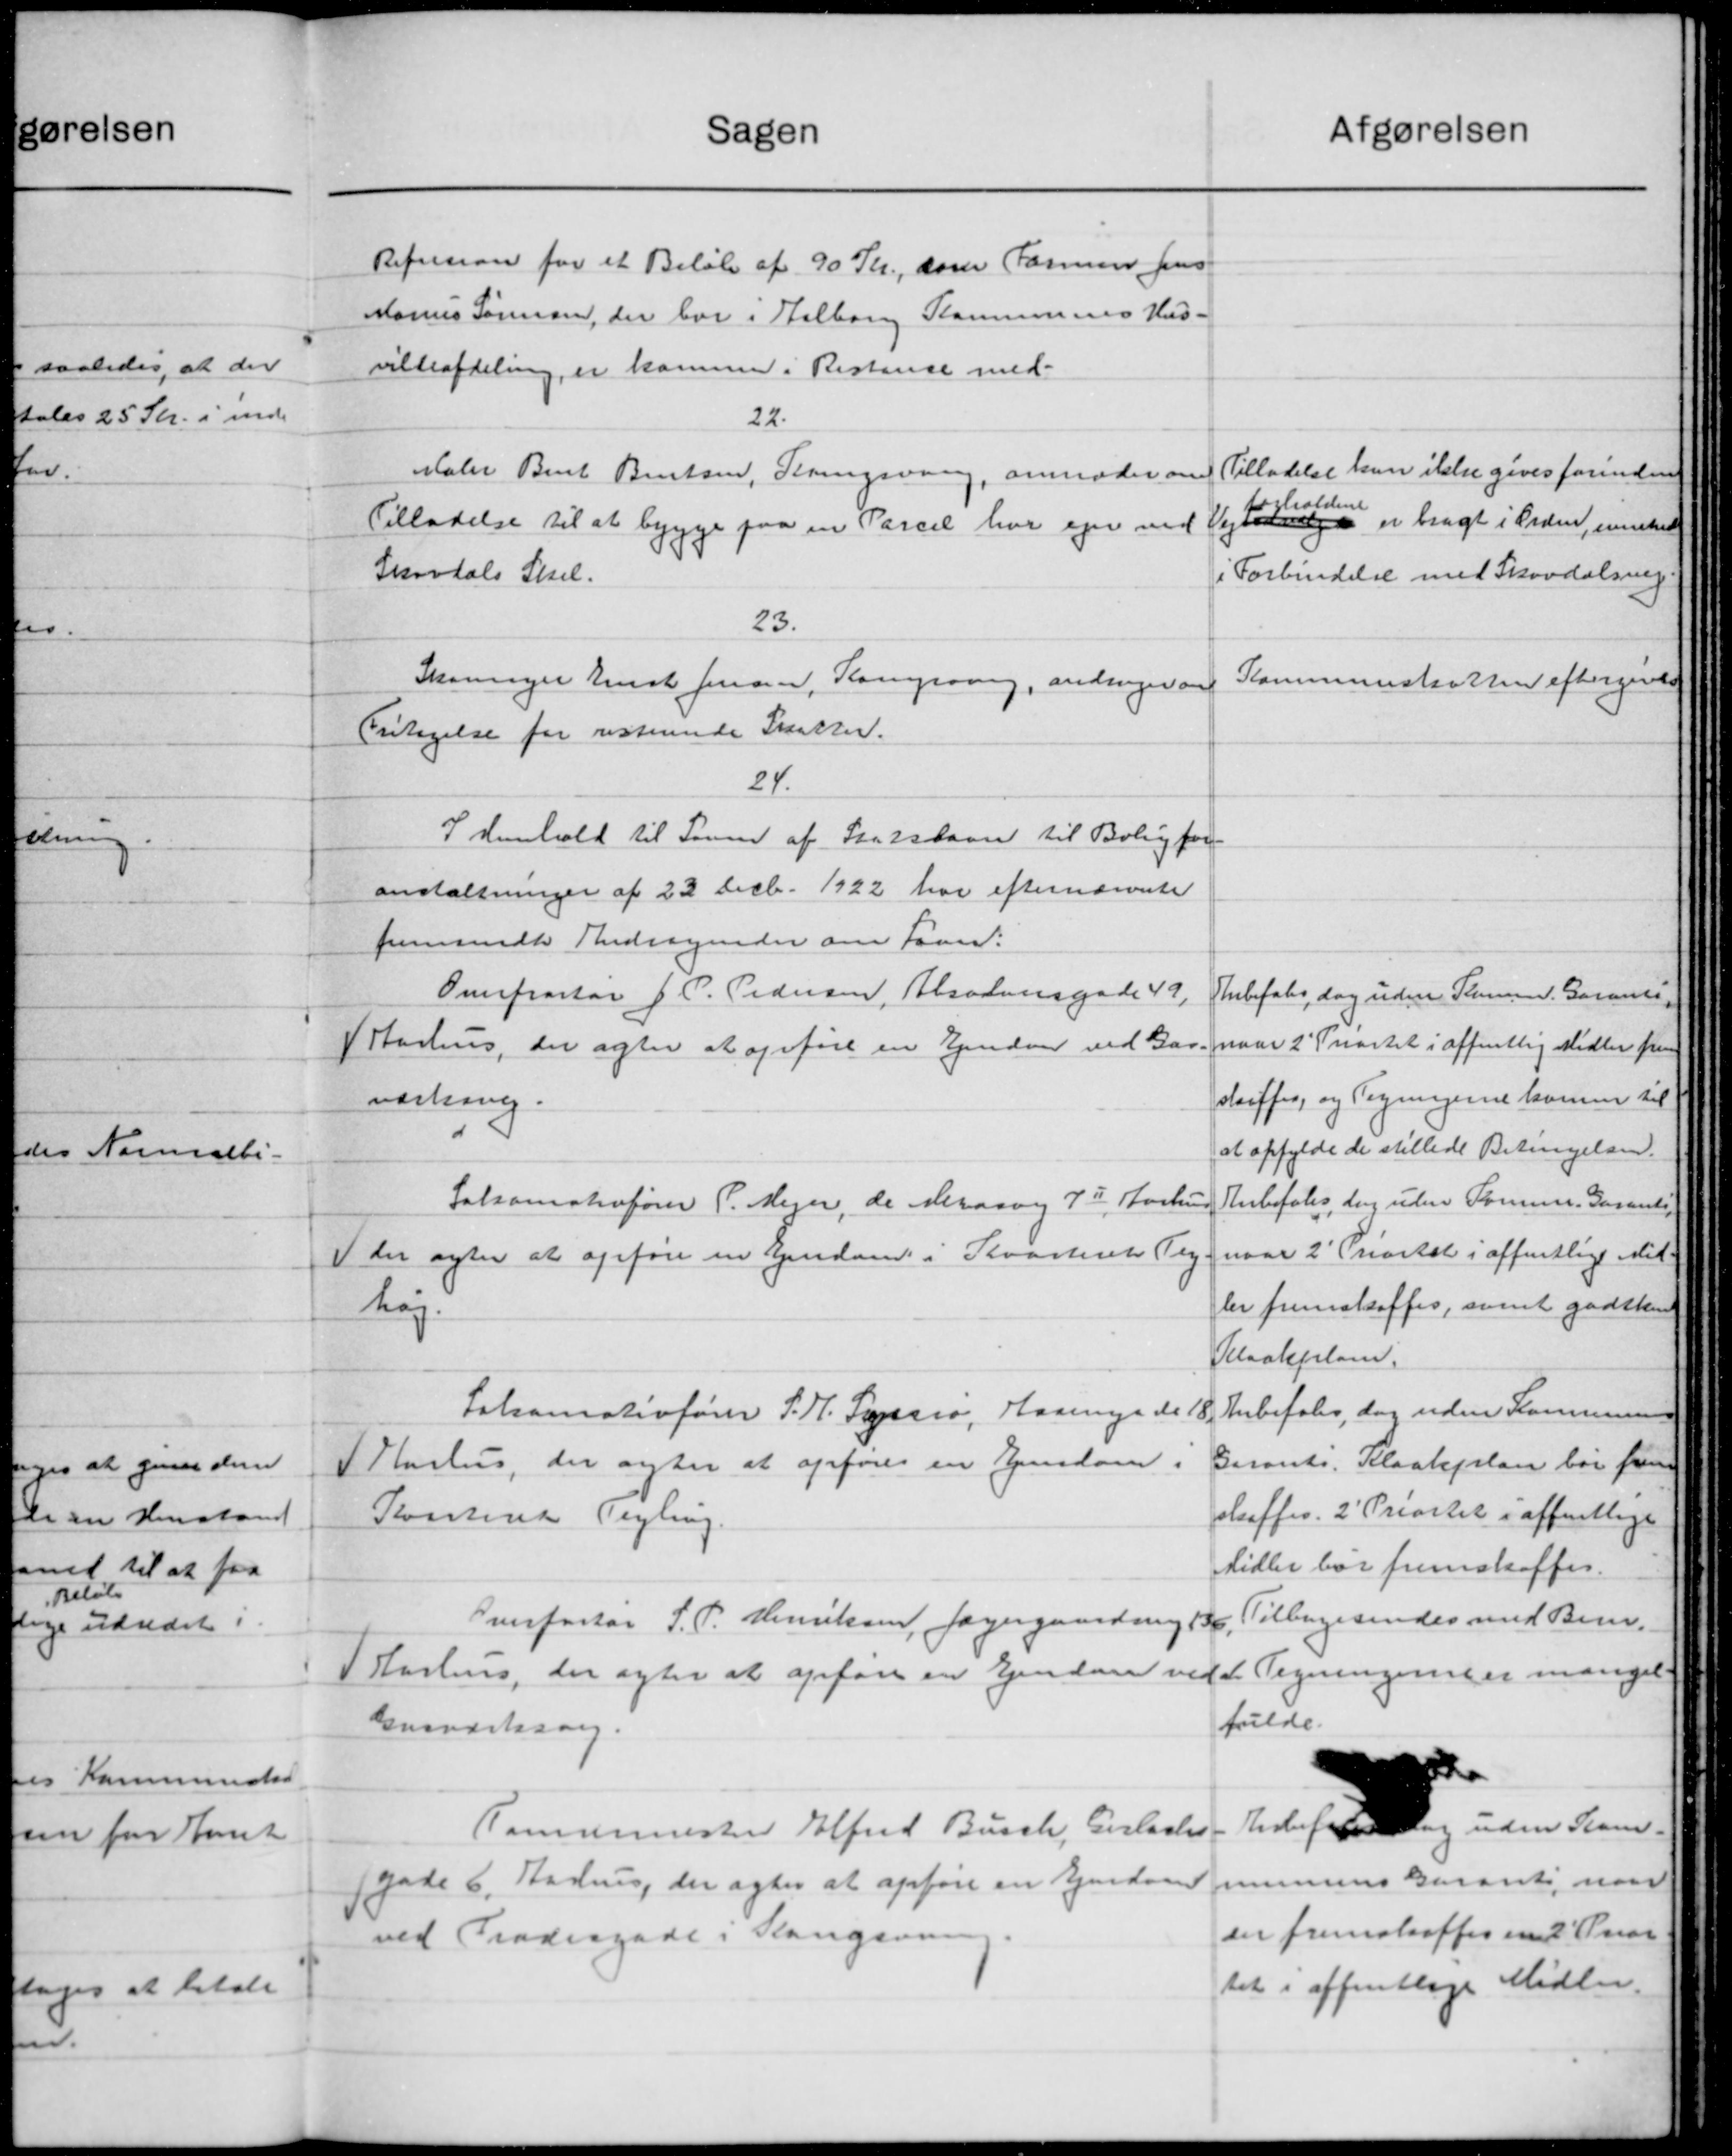
Transskription:
afgørelsen
Sagen
Refusion for et Beløb af 90 Kr., som Formand Jens
Marius Sørensen, der bor i Aalborg Kommunes Hus-
vilteafdeling, er kommen i Restance med-
22.
Tilladelse kun ikke gives forinden
Maler Bent Bentsen, Kongsvang, anmoder om
holdene
Vejene er bragt i Orden, enkel
Tilladelse til at bygge paa en Parcel har ejer ved
Skortals Skel.
i Forbindelse med Skovdalsvig
23.
Skoninger Enst Jensen, Kongraang, andrager om
Kommuneskatten eftergivelse
Fritagelse for resterende Skatter.
24.
I henhold til Søren af Statslaan til Boligfor
anstaltninger af 22 Decb. 1922 har efternævnte
fremsendte Andragender om Faar.
Omrpratør J. P. Pedersen, Absalonsgade 49,
Anbefales, dog uden Stamm. Garanti
naar 2' Ivartet i offentlig Midler fra
1 Aarhus, der agter at opføre en Ejendom ved Gar-
skaaffes, og Regningerne komme til
værling.
at opfylde de stillede Betingelsen.
Anbefales, dog uden Formuer. Garante
Sakomsterfører P. Mejer, de Nevasvej 7I Aarhus
naar 2' Priortal i offentlige Mid-
 der agter at opføre en Ejendom i Kvarteret Teg-
ler fremskaffes, samt godsken
høj.
Teloakplan.
Anbefales, dog uden Kommunen
Lakamativfører P. H. Sessio, Haanen de 18.
Garants. Kloakplan bør frem
I Haslus, der agter at opføres en Ejendom.
slaffes. 2' Priortet i offentlige
Kontine Tegling.
Midler bør fremskaffes.
Tilbagesendes med Bem.
Overfartør S. P. Henriksen, Jægergaardning 136,
Tegningeringer mangel
I Aarhus, der agter at opføre en Ejendom vedt.
fulde.
Ensværksorg.
defalede og uden Sam-
Tømrermester Alfred Busch, Gerlades
gade 6. Aarhus, der agter at opføre en Ejendommunens Garanti, naar
der fremskaffes en 2 Kvar
ved Trodergade i Kongsen
tet i offentlige Midler.